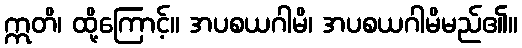
ဣတိ၊ ထို့ကြောင့်။ အပစယဂါမိ၊ အပစယဂါမိမည်၏။